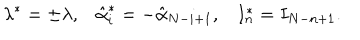
LaTeX: \lambda ^ { * } = \pm \lambda , \hat { \alpha } _ { i } ^ { * } = - \hat { \alpha } _ { N - i + 1 } , I _ { n } ^ { * } = I _ { N - n + 1 } .